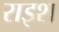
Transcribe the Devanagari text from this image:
राइश